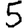
Digit: 5